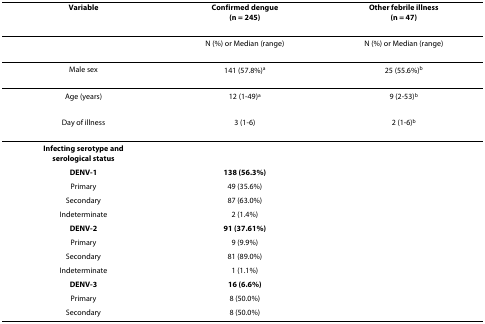
| Variable | Confirmed dengue(n = 245) | Other febrile illness (n = 47) |
 | --- | --- | --- |
 |  | N (%) or Median (range) | N (%) or Median (range) |
 | Male sex | 141 (57.8%)a | 25 (55.6%)b |
 | Age (years) | 12 (1-49)a | 9 (2-53)b |
 | Day of illness | 3 (1-6) | 2 (1-6)b |
 | Infecting serotype and serological status |  |  |
 | DENV-1 | 138 (56.3%) |  |
 | Primary | 49 (35.6%) |  |
 | Secondary | 87 (63.0%) |  |
 | Indeterminate | 2 (1.4%) |  |
 | DENV-2 | 91 (37.61%) |  |
 | Primary | 9 (9.9%) |  |
 | Secondary | 81 (89.0%) |  |
 | Indeterminate | 1 (1.1%) |  |
 | DENV-3 | 16 (6.6%) |  |
 | Primary | 8 (50.0%) |  |
 | Secondary | 8 (50.0%) |  |